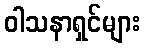
ဝါသနာရှင်များ